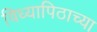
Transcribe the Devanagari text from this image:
विध्यापिठाच्या